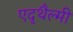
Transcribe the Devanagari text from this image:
एदृथैल्मी